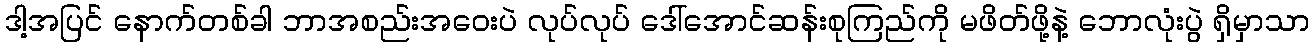
ဒါ့အပြင် နောက်တစ်ခါ ဘာအစည်းအဝေးပဲ လုပ်လုပ် ဒေါ်အောင်ဆန်းစုကြည်ကို မဖိတ်ဖို့နဲ့ ဘောလုံးပွဲ ရှိမှာသာ